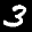
Label: 3